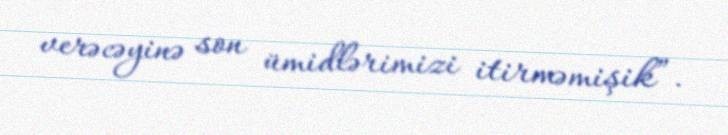
verəcəyinə son ümidlərimizi itirməmişik”.